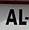
al